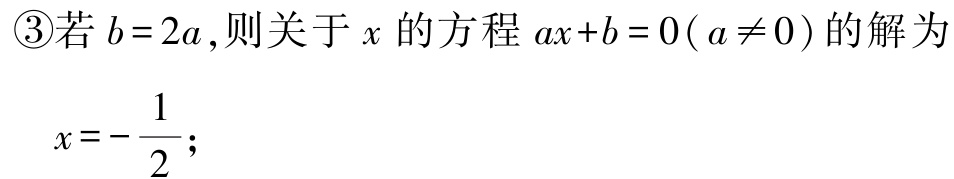
\textcircled{3}若\(b = 2a\),则关于\(x\)的方程\(ax + b = 0(a\neq0)\)的解为

\(x = -\frac{1}{2}\);